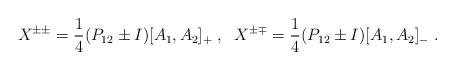
LaTeX: \begin{align*}X^{\pm \pm} =\frac{1}{4} (P_{12} \pm I) [ A_{1}, A_{2} ]_{+} \; , \;\;X^{\pm \mp} =\frac{1}{4} (P_{12} \pm I) [ A_{1}, A_{2} ]_{-} \; .\end{align*}